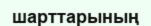
шарттарының